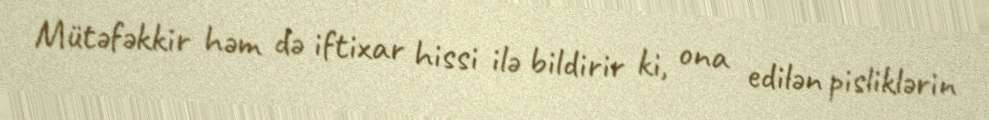
Mütəfəkkir həm də iftixar hissi ilə bildirir ki, ona edilən pisliklərin